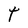
Character: T